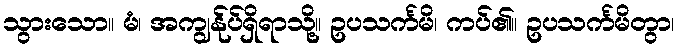
သွားသော။ မံ၊ အကျွန်ုပ်ရှိရာသို့။ ဥပသင်္ကမိ၊ ကပ်၏။ ဥပသင်္ကမိတွာ၊